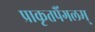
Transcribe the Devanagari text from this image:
प्राकृतपैंगलम्‌